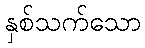
နှစ်သက်သော